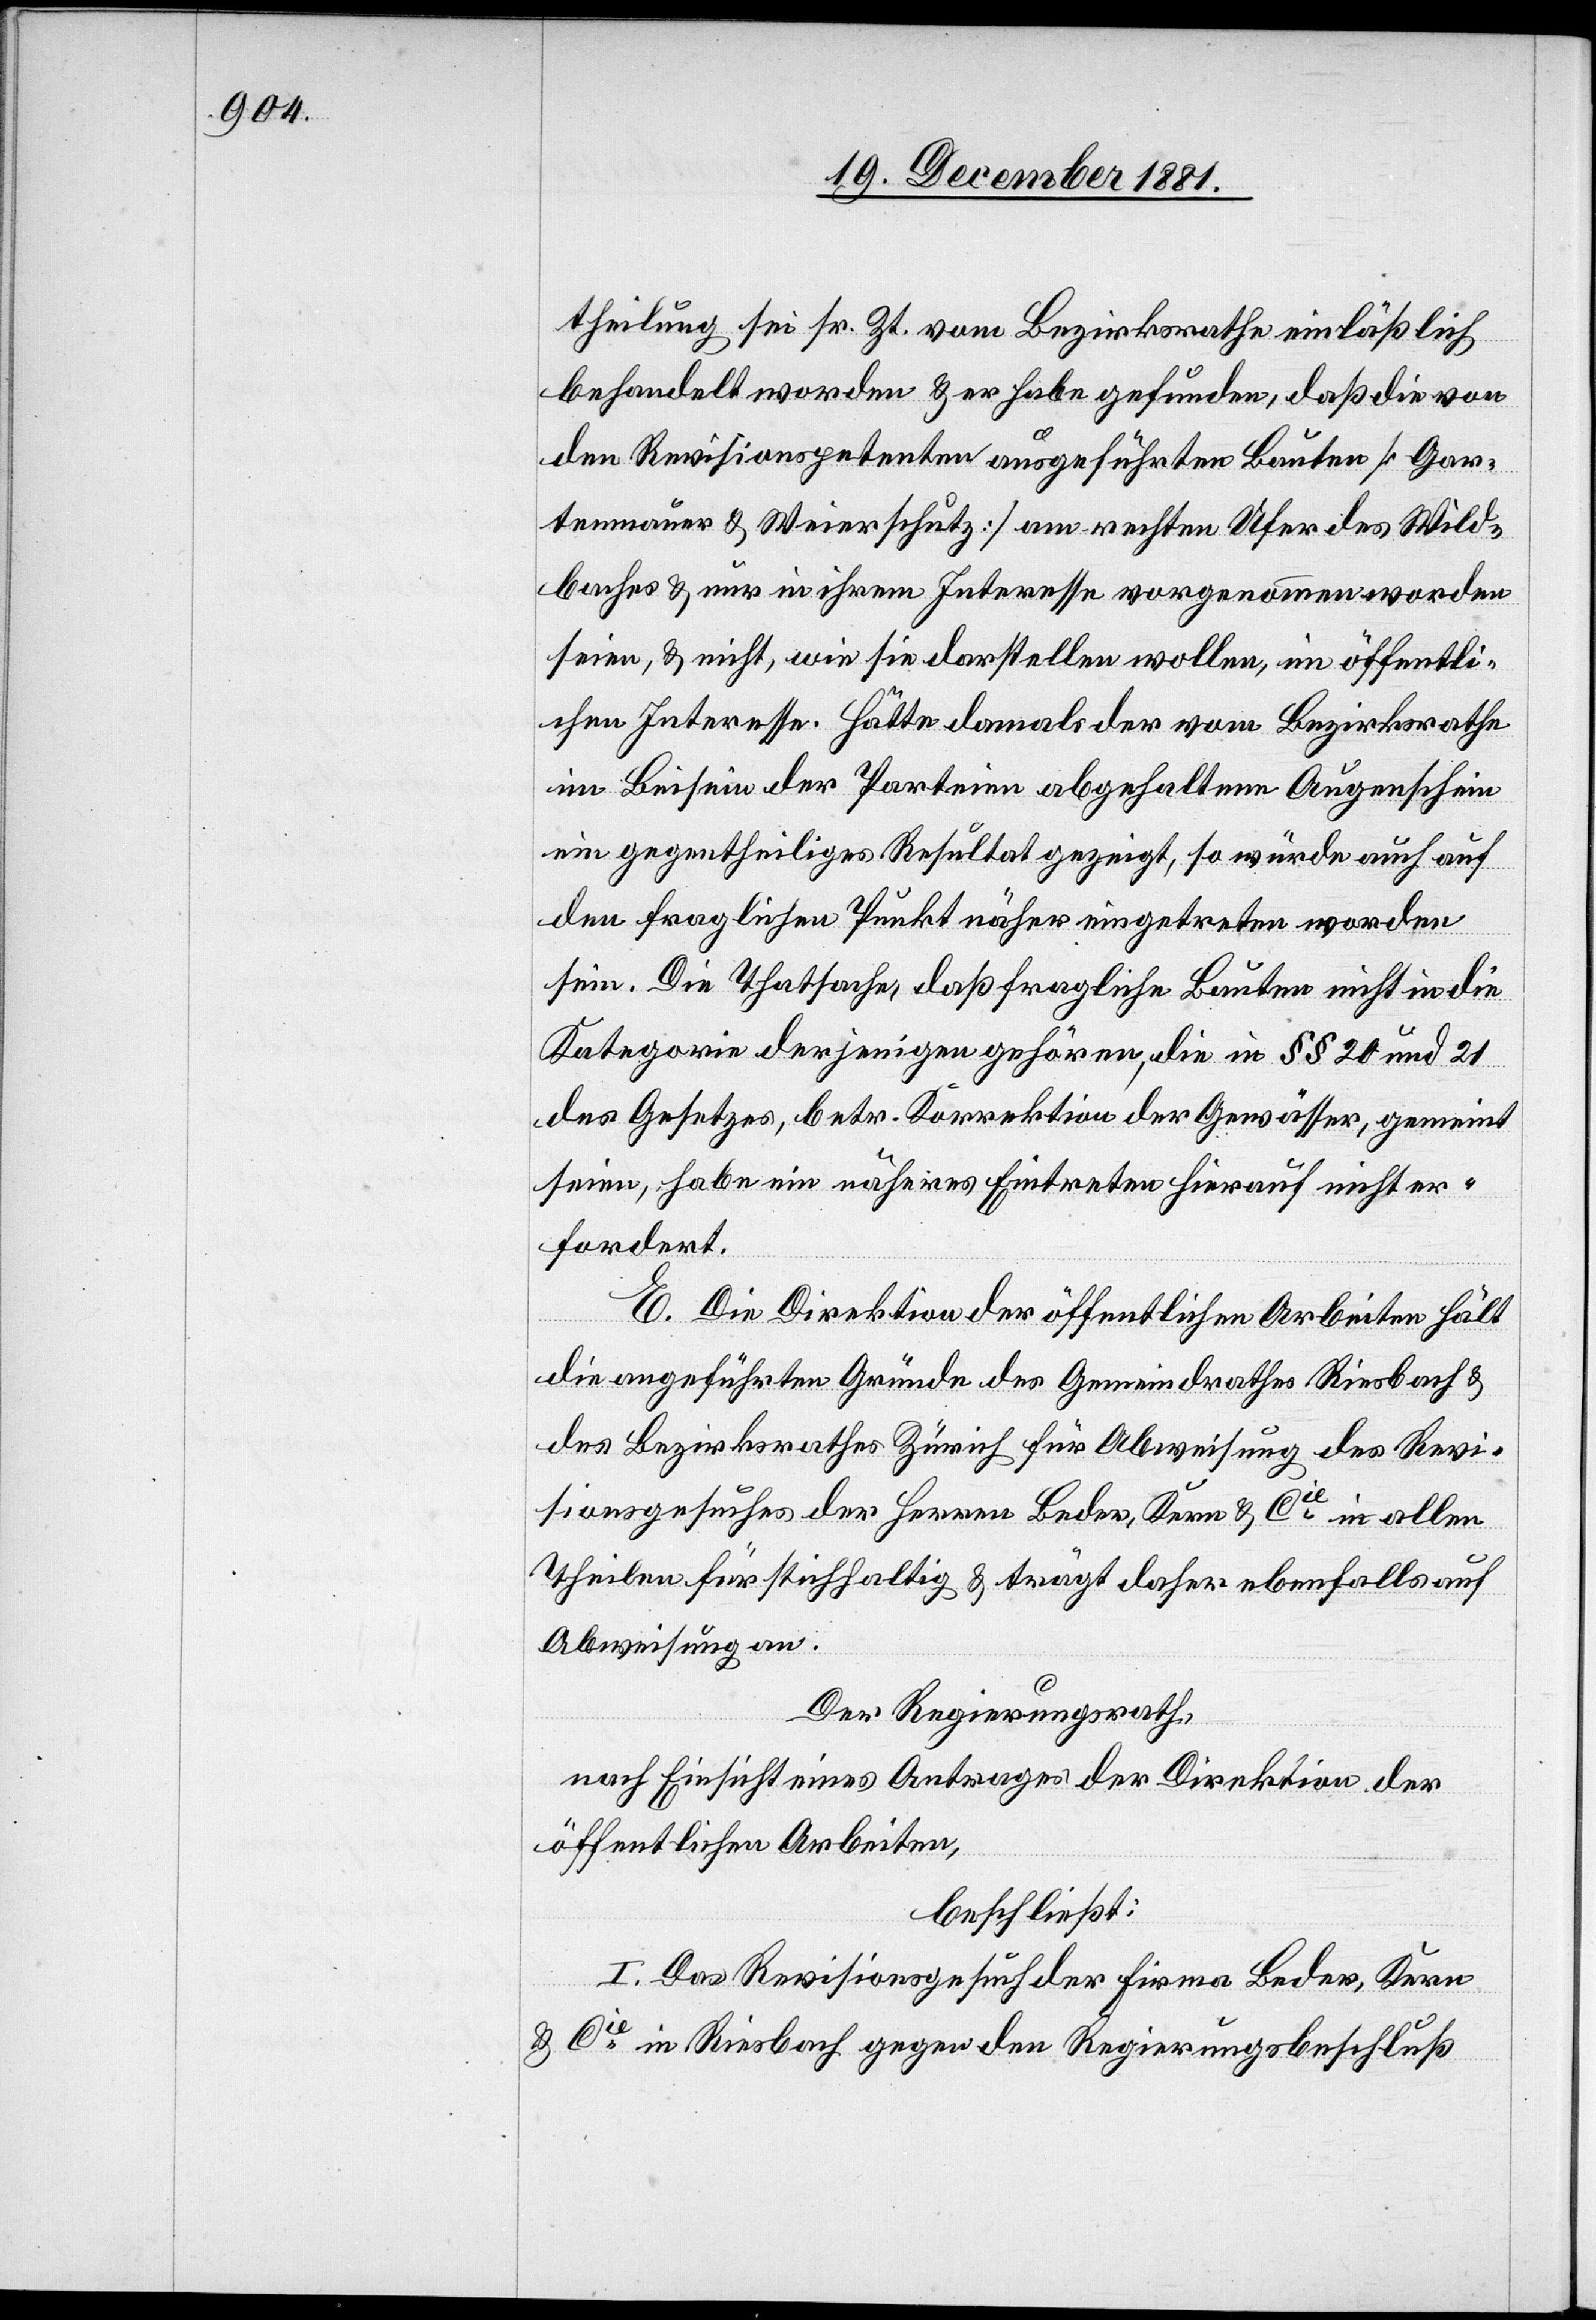
theilung sei sr. Zt. vom Bezirksrathe einläßlich
behandelt worden & er habe gefunden, daß die von
den Revisionspetenten ausgeführten Bauten [Gar¬
tenmauer & Weierschutz] am rechten Ufer des Wild¬
baches & nur in ihrem Interesse vorgenommen worden
seien, & nicht, wie sie darstellen wollen, im öffentli¬
chen Interesse. Hätte damals der vom Bezirksrathe
im Beisein der Parteien abgehaltene Augenschein
ein gegentheiliges Resultat gezeigt, so würde auch auf
den fraglichen Punkt näher eingetreten worden
sein. Die Thatsache, daß fragliche Bauten nicht in die
Kategorie derjenigen gehören, die in §§ 20 und 21
des Gesetzes, betr. Korrektion der Gewässer, gemeint
seien, habe ein näheres Eintreten hierauf nicht er¬
fordert.
E. Die Direktion der öffentlichen Arbeiten hält
die angeführten Gründe des Gemeindrathes Riesbach &
des Bezirksrathes Zürich für Abweisung des Revi¬
sionsgesuches der Herren Beder, Kern & Cie in allen
Theilen für stichhaltig & trägt daher ebenfalls auf
Abweisung an.
Der Regierungsrath,
nach Einsicht eines Antrages der Direktion der
öffentlichen Arbeiten,
beschließt:
I. Das Revisionsgesuch der Firma Beder, Kern
& Cie in Riesbach gegen den Regierungsbeschluß